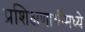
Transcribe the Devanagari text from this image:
प्रशिक्षणार्थीमध्ये